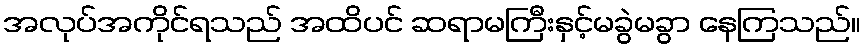
အလုပ်အကိုင်ရသည် အထိပင် ဆရာမကြီးနှင့်မခွဲမခွာ နေကြသည်။